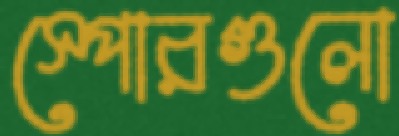
স্পোরগুলো